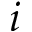
i